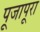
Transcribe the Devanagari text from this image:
पूजापूरा